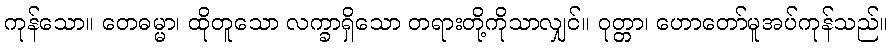
ကုန်သော။ တေဓမ္မာ၊ ထိုတူသော လက္ခာရှိသော တရားတို့ကိုသာလျှင်။ ဝုတ္တာ၊ ဟောတော်မူအပ်ကုန်သည်။